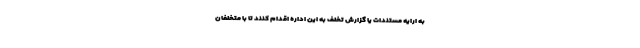
به ارایه مستندات یا گزارش تخلف به این اداره اقدام کنند تا با متخلفان